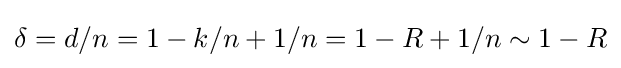
\delta =d/n=1-k/n+1/n=1-R+1/n\sim 1-R